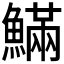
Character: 𩺴